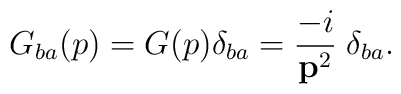
G_{ba}(p) = G(p) \delta_{ba} = \frac{-i}{{\bf p}^2}\;\delta_{ba}.